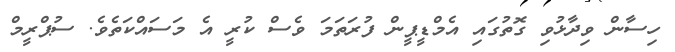
ހިސާން ވިދާޅުވި ގޮތުގައި އެމްޑީޕީން ފުރަތަމަ ވެސް ކުރީ އެ މަސައްކަތެވެ. ސުޕްރީމް